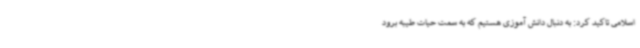
اسلامی تاکید کرد: به دنبال دانش آموزی هستیم که به سمت حیات طیبه برود